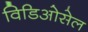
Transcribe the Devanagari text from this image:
विडिओसेल